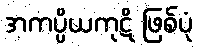
အကပ္ပိယကုဋိ ဖြစ်ပုံ